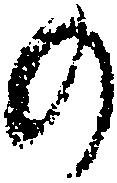
の